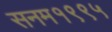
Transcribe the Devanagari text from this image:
सनम१९९५